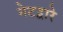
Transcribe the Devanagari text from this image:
नेटद्वारे